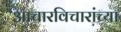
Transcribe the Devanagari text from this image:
आचारविचारांच्या